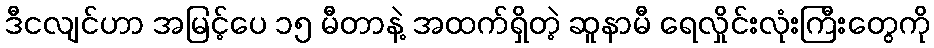
ဒီငလျင်ဟာ အမြင့်ပေ ၁၅ မီတာနဲ့ အထက်ရှိတဲ့ ဆူနာမီ ရေလှိုင်းလုံးကြီးတွေကို